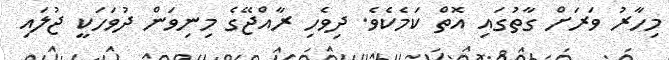
މިހާރު ވަރަށް ގާތުގައި އޮތް ކަމެކެވެ. ދިވެހި ރާއްޖޭގެ މިނިވަން ދުވަހަކީ ޖުލައި